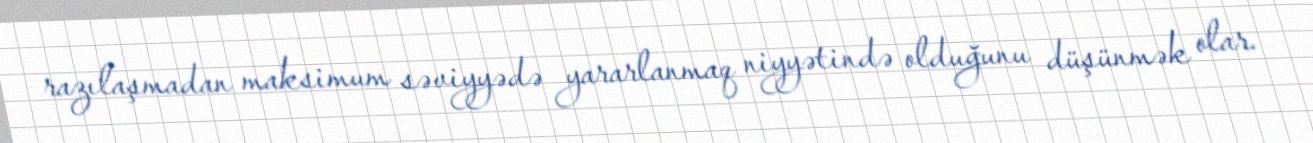
razılaşmadan maksimum səviyyədə yararlanmaq niyyətində olduğunu düşünmək olar.